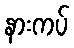
နားကပ်